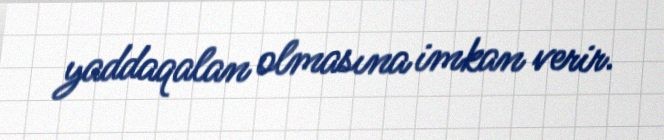
yaddaqalan olmasına imkan verir.